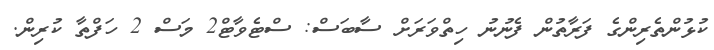
ކުޅުންތެރިންގެ ފަރާތުން ފެނުނު ހިތްވަރަށް ސާބަސް: ސްޓެވާޓް2 މަސް 2 ހަފްތާ ކުރިން.